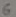
Text: 6